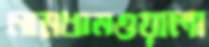
নামধামওয়ালা